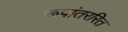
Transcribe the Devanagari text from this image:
रूपांतररित